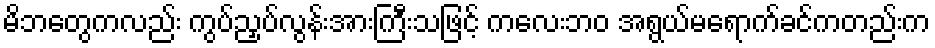
မိဘတွေကလည်း ကွပ်ညှပ်လွန်းအားကြီးသဖြင့် ကလေးဘဝ အရွယ်မရောက်ခင်ကတည်းက